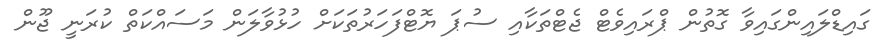
ގައިޑްލައިންގައިވާ ގޮތުން ޕްރައިވެޓް ޖެޓްތަކާއި ސުޕަ ޔޮޓްފަހަރުތަކަށް ހުޅުވާލަން މަސައްކަތް ކުރަނީ ޖޫން